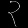
Digit: ၃